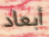
أبعاد